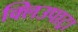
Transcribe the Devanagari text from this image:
क्लिउपाट्रा